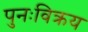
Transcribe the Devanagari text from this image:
पुनःविक्रय